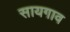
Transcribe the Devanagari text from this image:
सायगाव